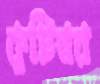
কুটিস্বর